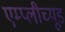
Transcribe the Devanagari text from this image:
एम्प्लीच्यूड